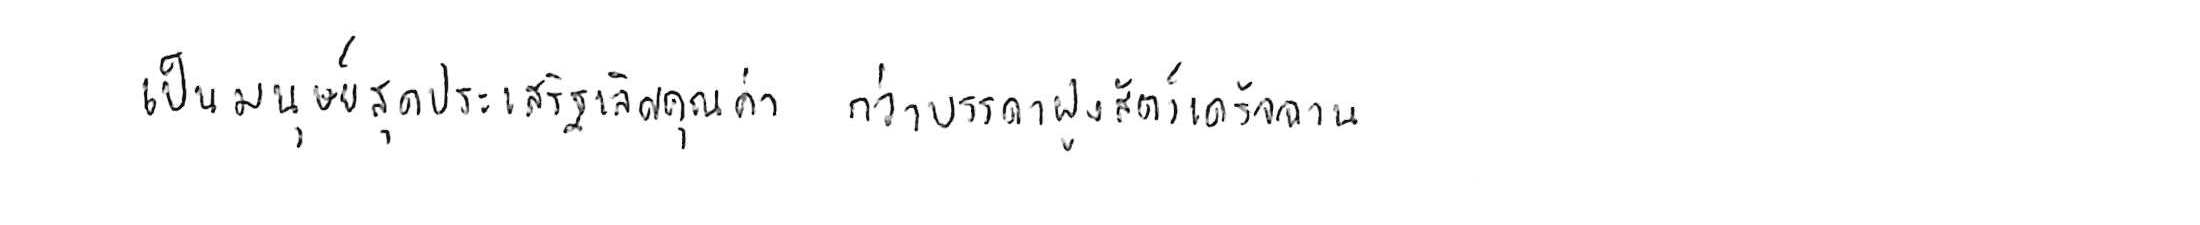
เป็นมนุษย์สุดประเสริฐเลิศคุณค่า กว่าบรรดาฝูงสัตว์เดรัจฉาน